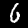
Digit: 6